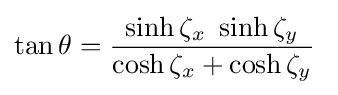
\tan \theta ={\frac {\sinh {\zeta _{x}}~\sinh \zeta _{y}}{\cosh \zeta _{x}+\cosh \zeta _{y}}}~